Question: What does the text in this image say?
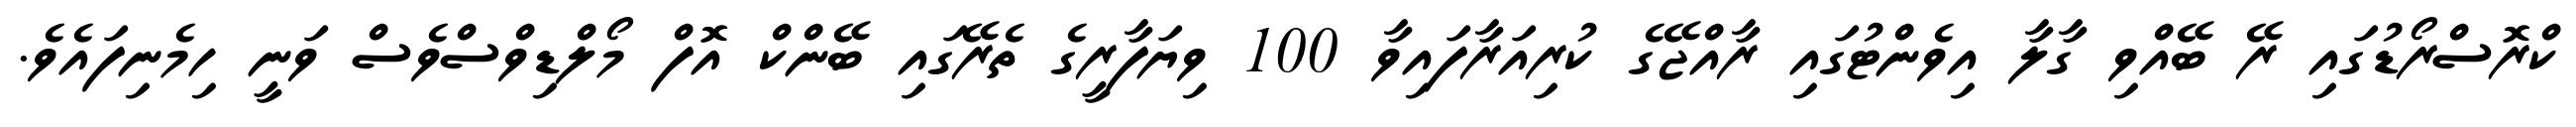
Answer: ކްރޮސްރޯޑުގައި ރޭ ބޭއްވި ގާލާ އިވެންޓުގައި ރާއްޖޭގެ ކުރިއަރާފައިވާ 100 ވިޔަފާރީގެ ތެރޭގައި ބޭންކް އޮފް މޯލްޑިވްސްވެސް ވަނީ ހިމެނިފައެވެ.